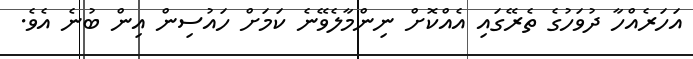
އަހަރެއްހާ ދުވަހުގެ ތެރޭގައި އެއްކޮށް ނިންމާލެވޭނެ ކަމަށް ހައުސިން އިން ބުނެ އެވެ.